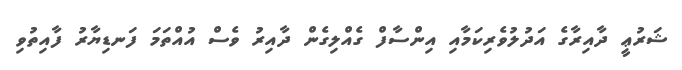
ޝަރުޢީ ދާއިރާގެ އަދުލުވެރިކަމާއި އިންސާފް ގެއްލިގެން ދާއިރު ވެސް އުއްތަމަ ފަނޑިޔާރު ފާއިތުވި